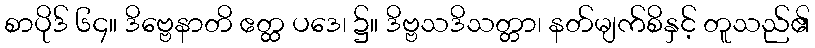
စာပိုဒ် ၆၄။ ဒိဗ္ဗေနာတိ ဧတ္ထ ပဒေ၊ ၌။ ဒိဗ္ဗသဒိသတ္တာ၊ နတ်မျက်စိနှင့် တူသည်၏